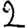
Digit: 2